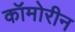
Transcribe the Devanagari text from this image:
कॉमोरीन